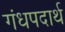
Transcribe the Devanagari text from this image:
गंधपदार्थ